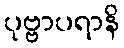
ပုဗ္ဗာပရာနိ